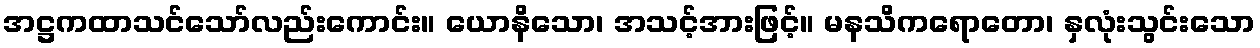
အဋ္ဌကထာသင်သော်လည်းကောင်း။ ယောနိသော၊ အသင့်အားဖြင့်။ မနသိကရောတော၊ နှလုံးသွင်းသော